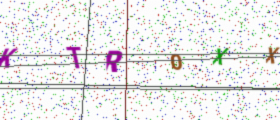
Text: KTR0XX